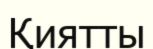
Қиятты